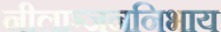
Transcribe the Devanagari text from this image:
नीलाञ्जननिभाय